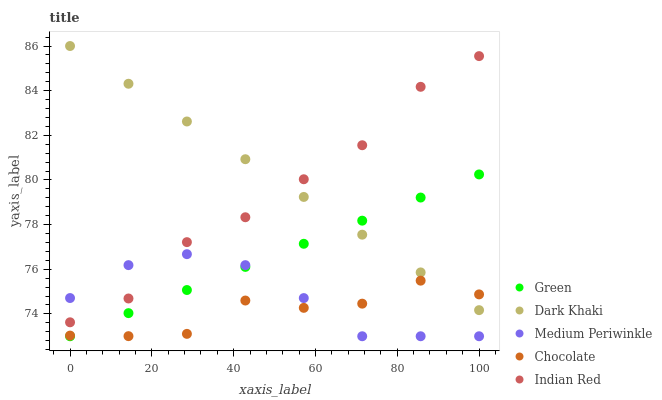
| xaxis_label | Green | Dark Khaki | Medium Periwinkle | Chocolate | Indian Red |
 | --- | --- | --- | --- | --- | --- |
 | 0 | 73 | 86 | 74.7 | 73 | 73.6 |
 | 14.3 | 74 | 84.3 | 76.2 | 73 | 74.7 |
 | 28.6 | 75.1 | 82.6 | 76.7 | 73.1 | 77.2 |
 | 42.9 | 76.1 | 80.9 | 76.2 | 74.6 | 78.3 |
 | 57.1 | 77.1 | 79.2 | 74.7 | 74.3 | 80 |
 | 71.4 | 78.2 | 77.5 | 73 | 74.5 | 81.6 |
 | 85.7 | 79.2 | 75.9 | 73 | 75.5 | 84.2 |
 | 100 | 80.2 | 74.2 | 73 | 74.9 | 85.5 |